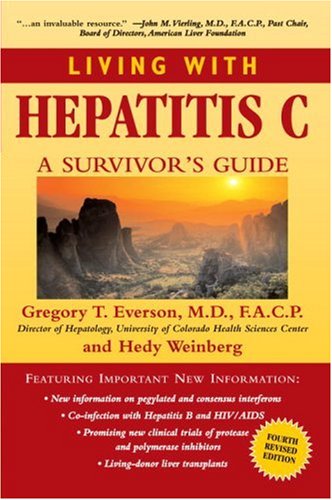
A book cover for Living with Hepatitis C: A Survivor's Guide, Fourth Edition; Gregory T. Everson; Health, Fitness & Dieting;